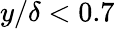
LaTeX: y/\delta<0.7